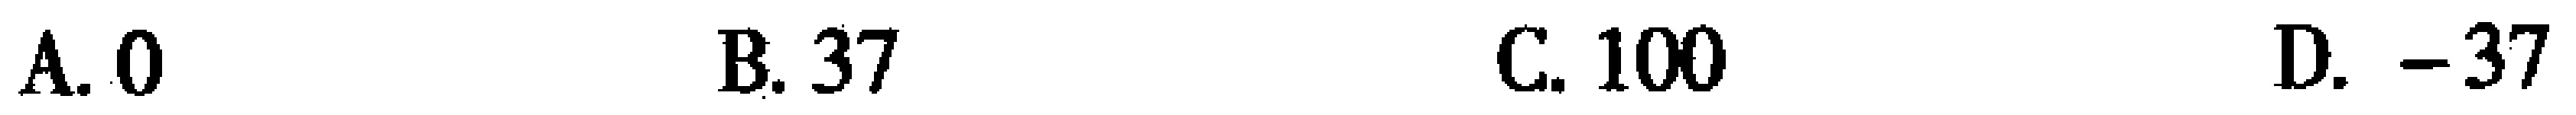
A. \(0\)  B. \(37\)  C. \(100\)  D. \(-37\)